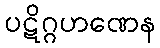
ပဋိဂ္ဂဟဏေန